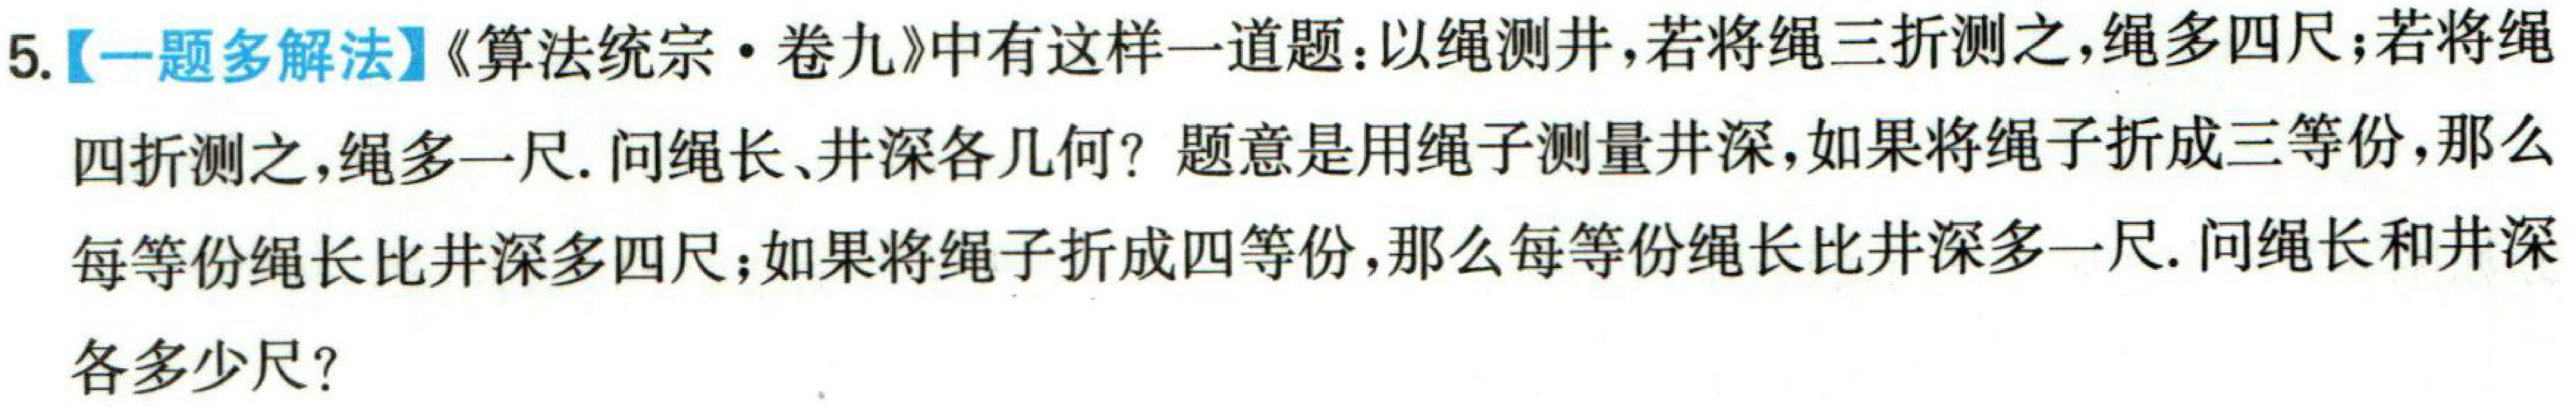
5.【一题多解法】《算法统宗·卷九》中有这样一道题：以绳测井，若将绳三折测之，绳多四尺；若将绳四折测之，绳多一尺. 问绳长、井深各几何？题意是用绳子测量井深，如果将绳子折成三等份，那么每等份绳长比井深多四尺；如果将绳子折成四等份，那么每等份绳长比井深多一尺. 问绳长和井深各多少尺？